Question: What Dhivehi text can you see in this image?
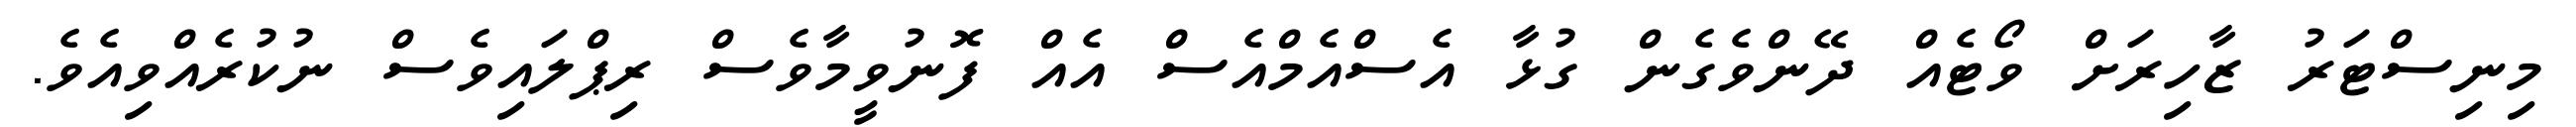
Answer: މިނިސްޓަރު ޒާހިރަށް ވޯޓެއް ދޭންވެގެން ގުޅާ އެސްއެމްއެސް އެއް ފޮނުވީމާވެސް ރިޕްލައިވެސް ނުކުރެއްވިއެވެ.